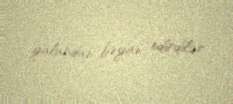
yalandan bəyan edirdilər.